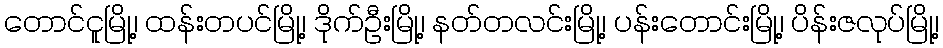
တောင်ငူမြို့၊ ထန်းတပင်မြို့၊ ဒိုက်ဦးမြို့၊ နတ်တလင်းမြို့၊ ပန်းတောင်းမြို့၊ ပိန်းဇလုပ်မြို့၊